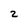
Character: Z